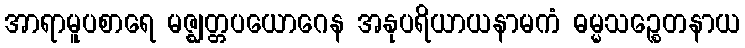
အာရာမူပစာရေ မဇ္ဈတ္တပယောဂေန အနုပရိယာယနာမကံ ဓမ္မသဉ္စေတနာယ